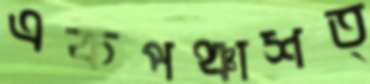
একপঞ্চাশত্